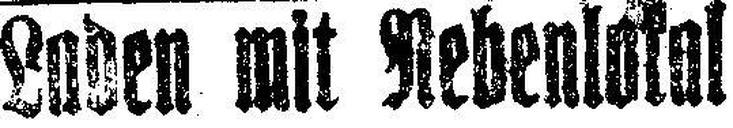
Laden mit Nebenlokol